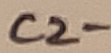
Text: C2-